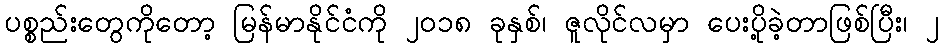
ပစ္စည်းတွေကိုတော့ မြန်မာနိုင်ငံကို ၂၀၁၈ ခုနှစ်၊ ဇူလိုင်လမှာ ပေးပို့ခဲ့တာဖြစ်ပြီး၊ ၂